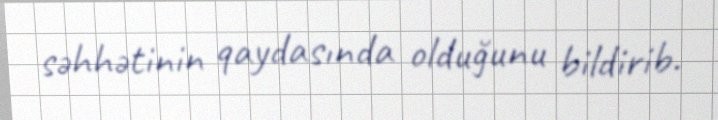
səhhətinin qaydasında olduğunu bildirib.